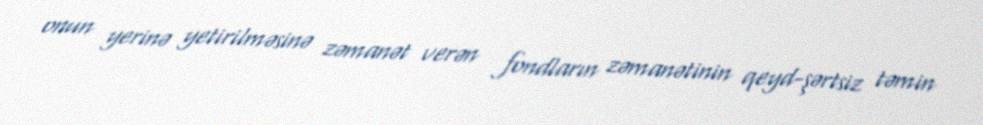
onun yerinə yetirilməsinə zəmanət verən fondların zəmanətinin qeyd-şərtsiz təmin